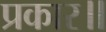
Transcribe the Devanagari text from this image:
प्रकार॥